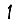
Digit: 1